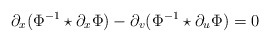
\begin{align*} \partial_x(\Phi^{-1}\star\partial_x\Phi)-\partial_v(\Phi^{-1}\star\partial_u\Phi)=0\end{align*}